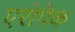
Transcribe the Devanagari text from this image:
एरोपैक